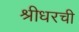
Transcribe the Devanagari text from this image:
श्रीधरची